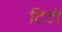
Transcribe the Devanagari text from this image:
टिटी